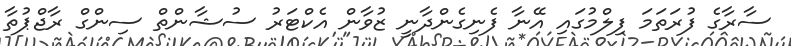
ސާރާގެ ފުރަތަމަ ފިލްމުގައި އޭނާ ފެނިގެންދާނީ ޒުވާން އެކްޓަރު ސުޝާންތް ސިންގް ރާޖްޕުތާ